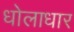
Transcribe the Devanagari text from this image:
धोलाधार